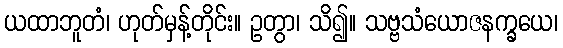
ယထာဘူတံ၊ ဟုတ်မှန့်တိုင်း။ ဥတွာ၊ သိ၍။ သဗ္ဗသံယောဇနက္ခယေ၊